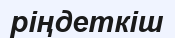
ріңдеткіш